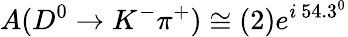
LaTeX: A(D^{0}\to K^{-}\pi^{+})\cong(2)e^{i~54.3^{0}}